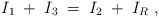
LaTeX: \begin{align*}I_1 \; + \; I_3 \; = \; I_2 \; + \; I_R \; ,\end{align*}